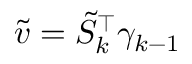
\tilde { v } = \tilde { S } _ { k } ^ { \top } \gamma _ { k - 1 }